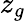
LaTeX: z_{g}